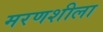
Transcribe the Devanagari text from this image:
मरणशीला